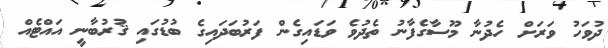
ދުވަހު ވަރަށް ހެދުނާ މޫސާގެފާނު ތެދުވެ ވަޑައިގެން ފަރުބަދައިގެ ބުޑުގައި ޤުރުބާނީ އައްޓެއް